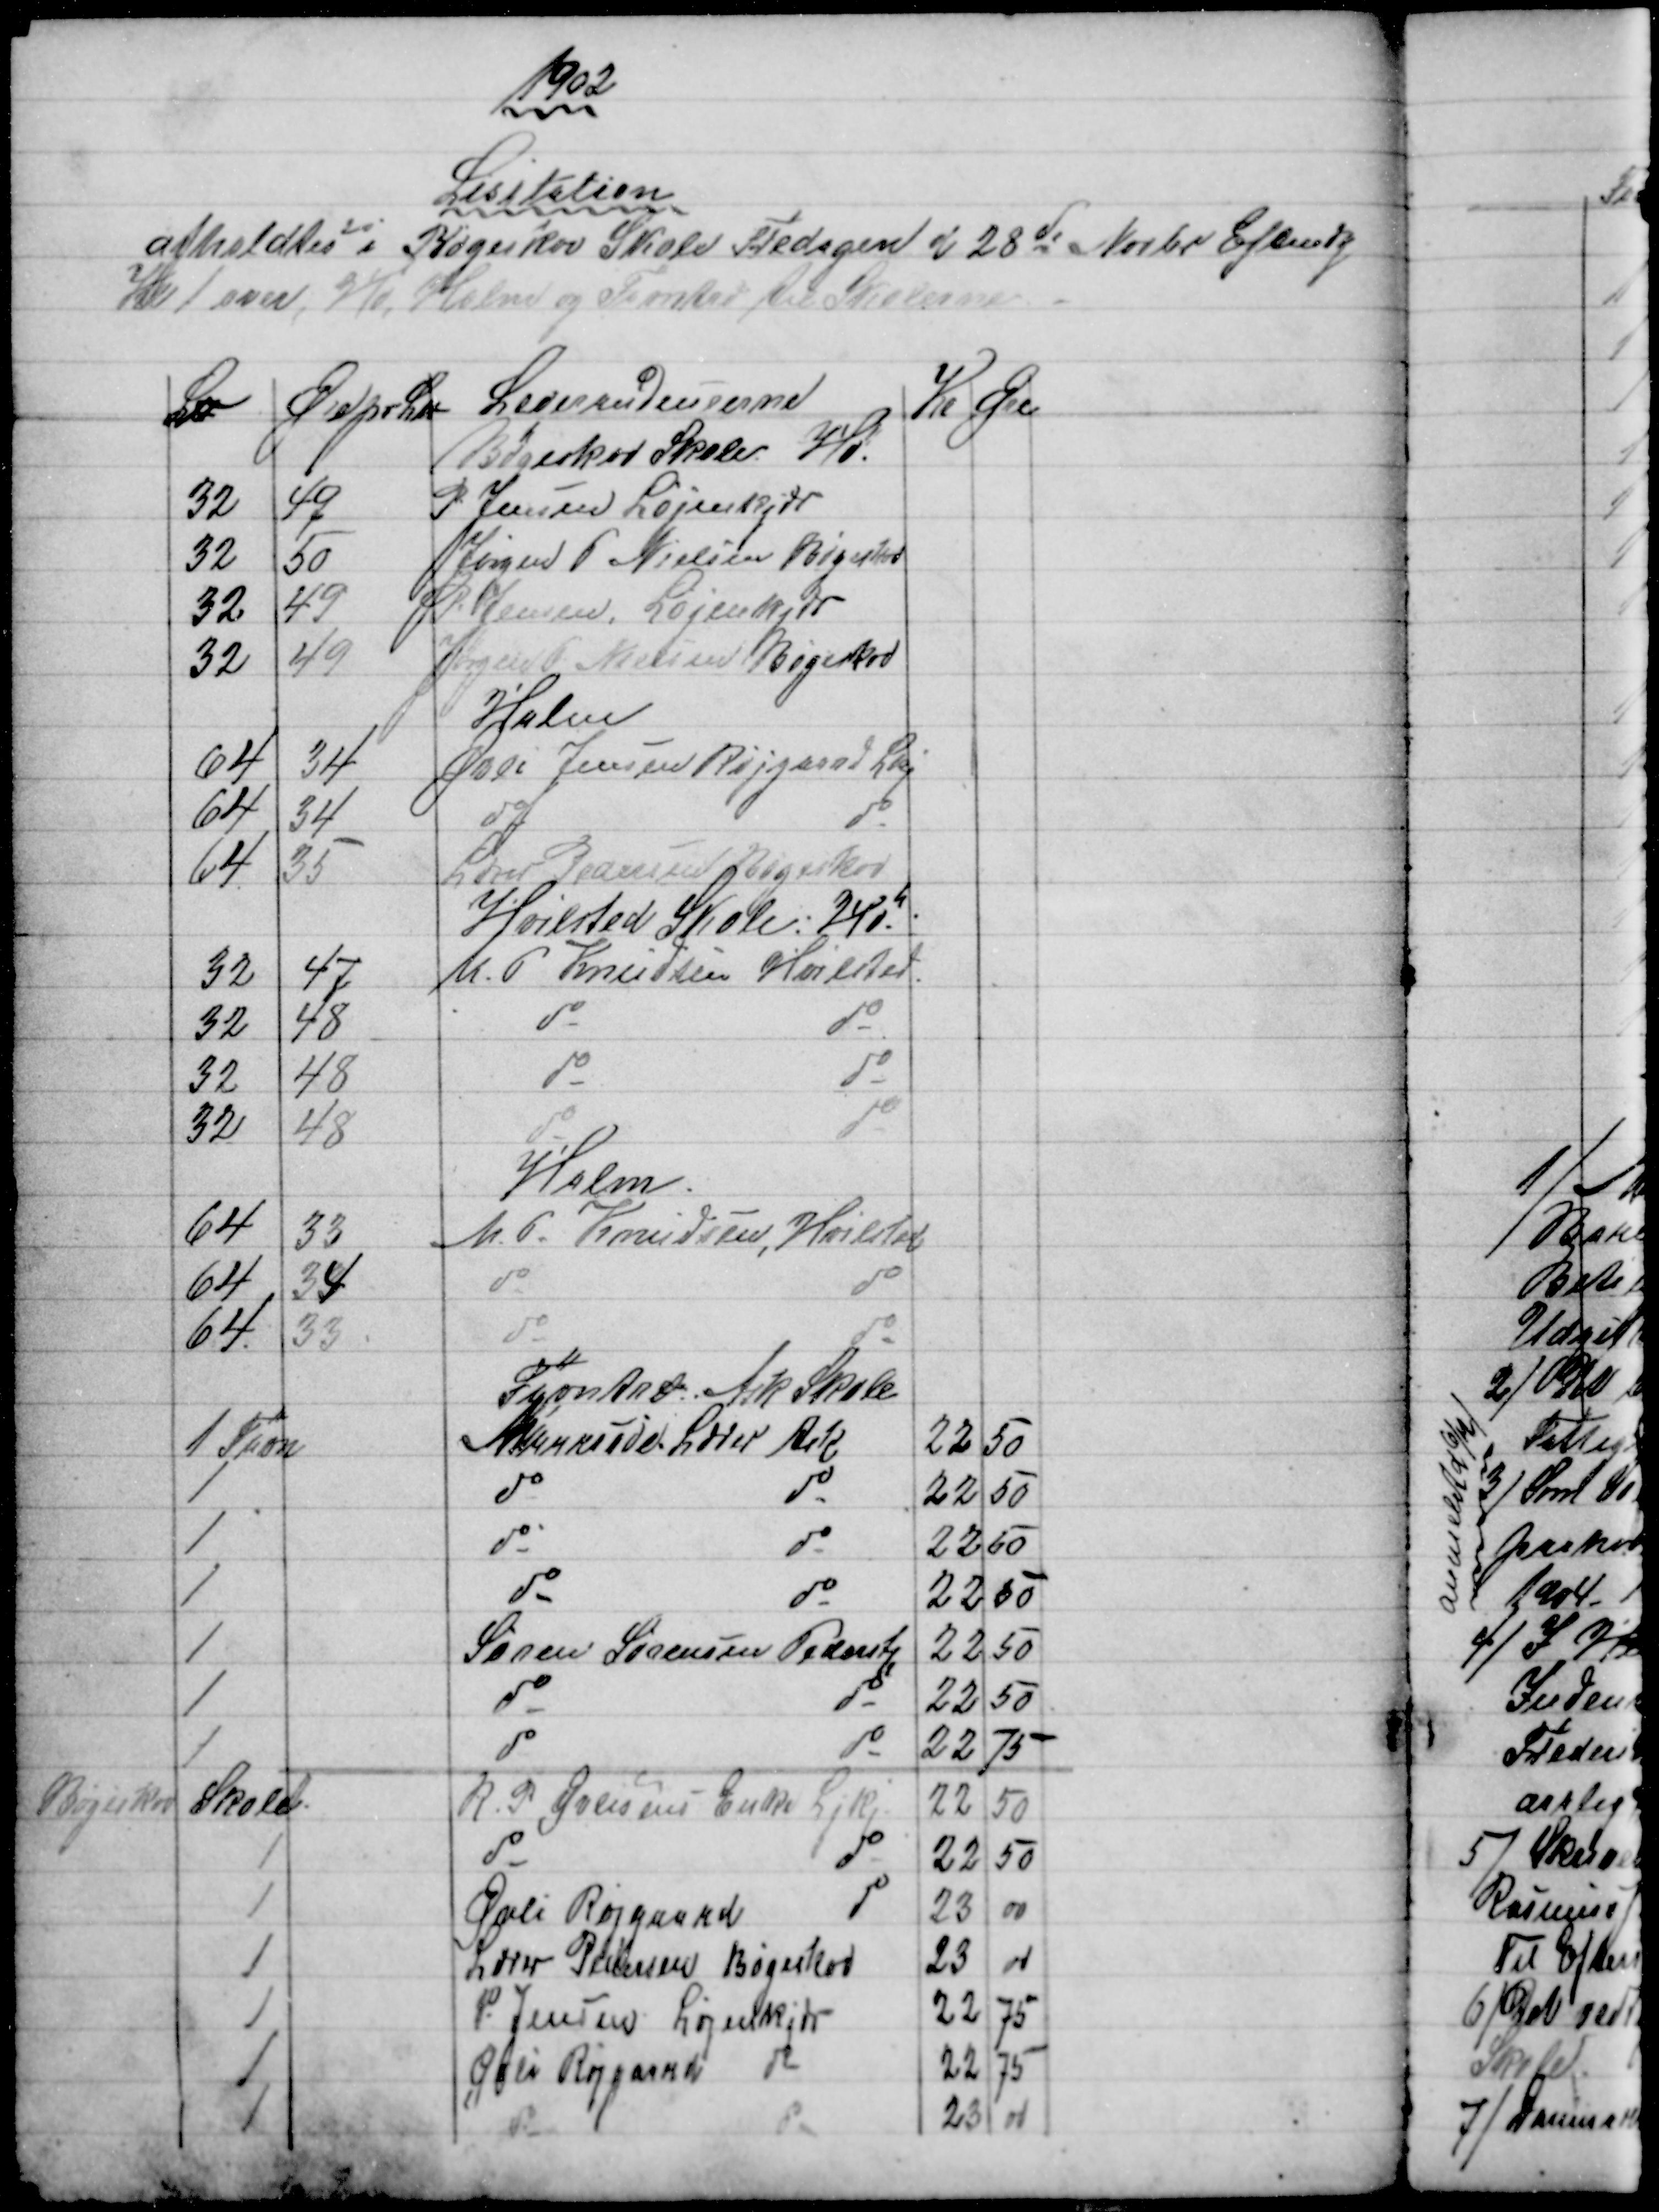
Transskription:
1902
Lisitation
afholdtes i Bøgeskov Skole Fredagen d 28de Novbr Eftmdg
Kl 1 over Hø, Halm og Favntræ til Skolerne
L℔
Øre pr L℔
Leverandeurerne 
Kr Øre
Bøgeskov Skole Hø.
32
49
P. Jensen Løjenkjær
32
50
Jørgen P. Nielsen Bøgeskov
32
49
P. Jensen Løjenkjær
32
49
Jørgen P. Nielsen Bøgeskov
Halm
64
34
Øvli Jensen Røjgaard Lkj.
64
34
do
do
64
35
Lærer Pedersen Bøgeskov
Hvilsted Skole Hø.
32
47
M. P. Knudsen Hvilsted
32
48
do
do
32
48
do
do
32
48
do
do
Halm
64
33
M.P. Knudsen, Hvilsted
64
34
do
do
64.
33
do
do
Favntræ. Ask Skole
1 Favn
Maarssøe Lærer Ask
22
50
1
do
do
22
50
1
do
do
22
50
1
do
do
22
50
1
Søren Sørensen Pederstp
22
50
1
do
do
22
50
1
do
do
22
75
Bøgeskov Skole.
R. P. Øvlisens Enke Ljkj.
22
50
1
do
do
22
50
1
Øvli Røjgaard
do
23
00
1
Lærer Pedersen Bøgeskov
23
00
1
P. Jensen Løjenkjær
22
75
1
Øvli Røjgaard do
22
75
1
do
do
23 00